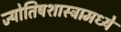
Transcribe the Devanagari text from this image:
ज्योतिषशास्त्रामध्ये